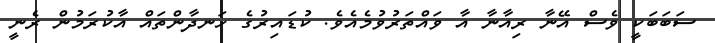
ސަބަބަކީ ވެސް އޭނާ ރިއާނާ އާ ވައްތަރުވުމެއެވެ. ކުޑައިރުގެ ހަނދާންތައް އާކުރަމުން ރެނީ